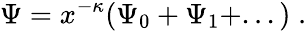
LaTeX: \Psi=x^{-\kappa}(\Psi_{0}+\Psi_{1}+...)\; .